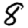
Digit: 8